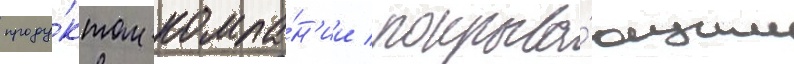
проду́ктом компа́н'ии / покрыва́ющим